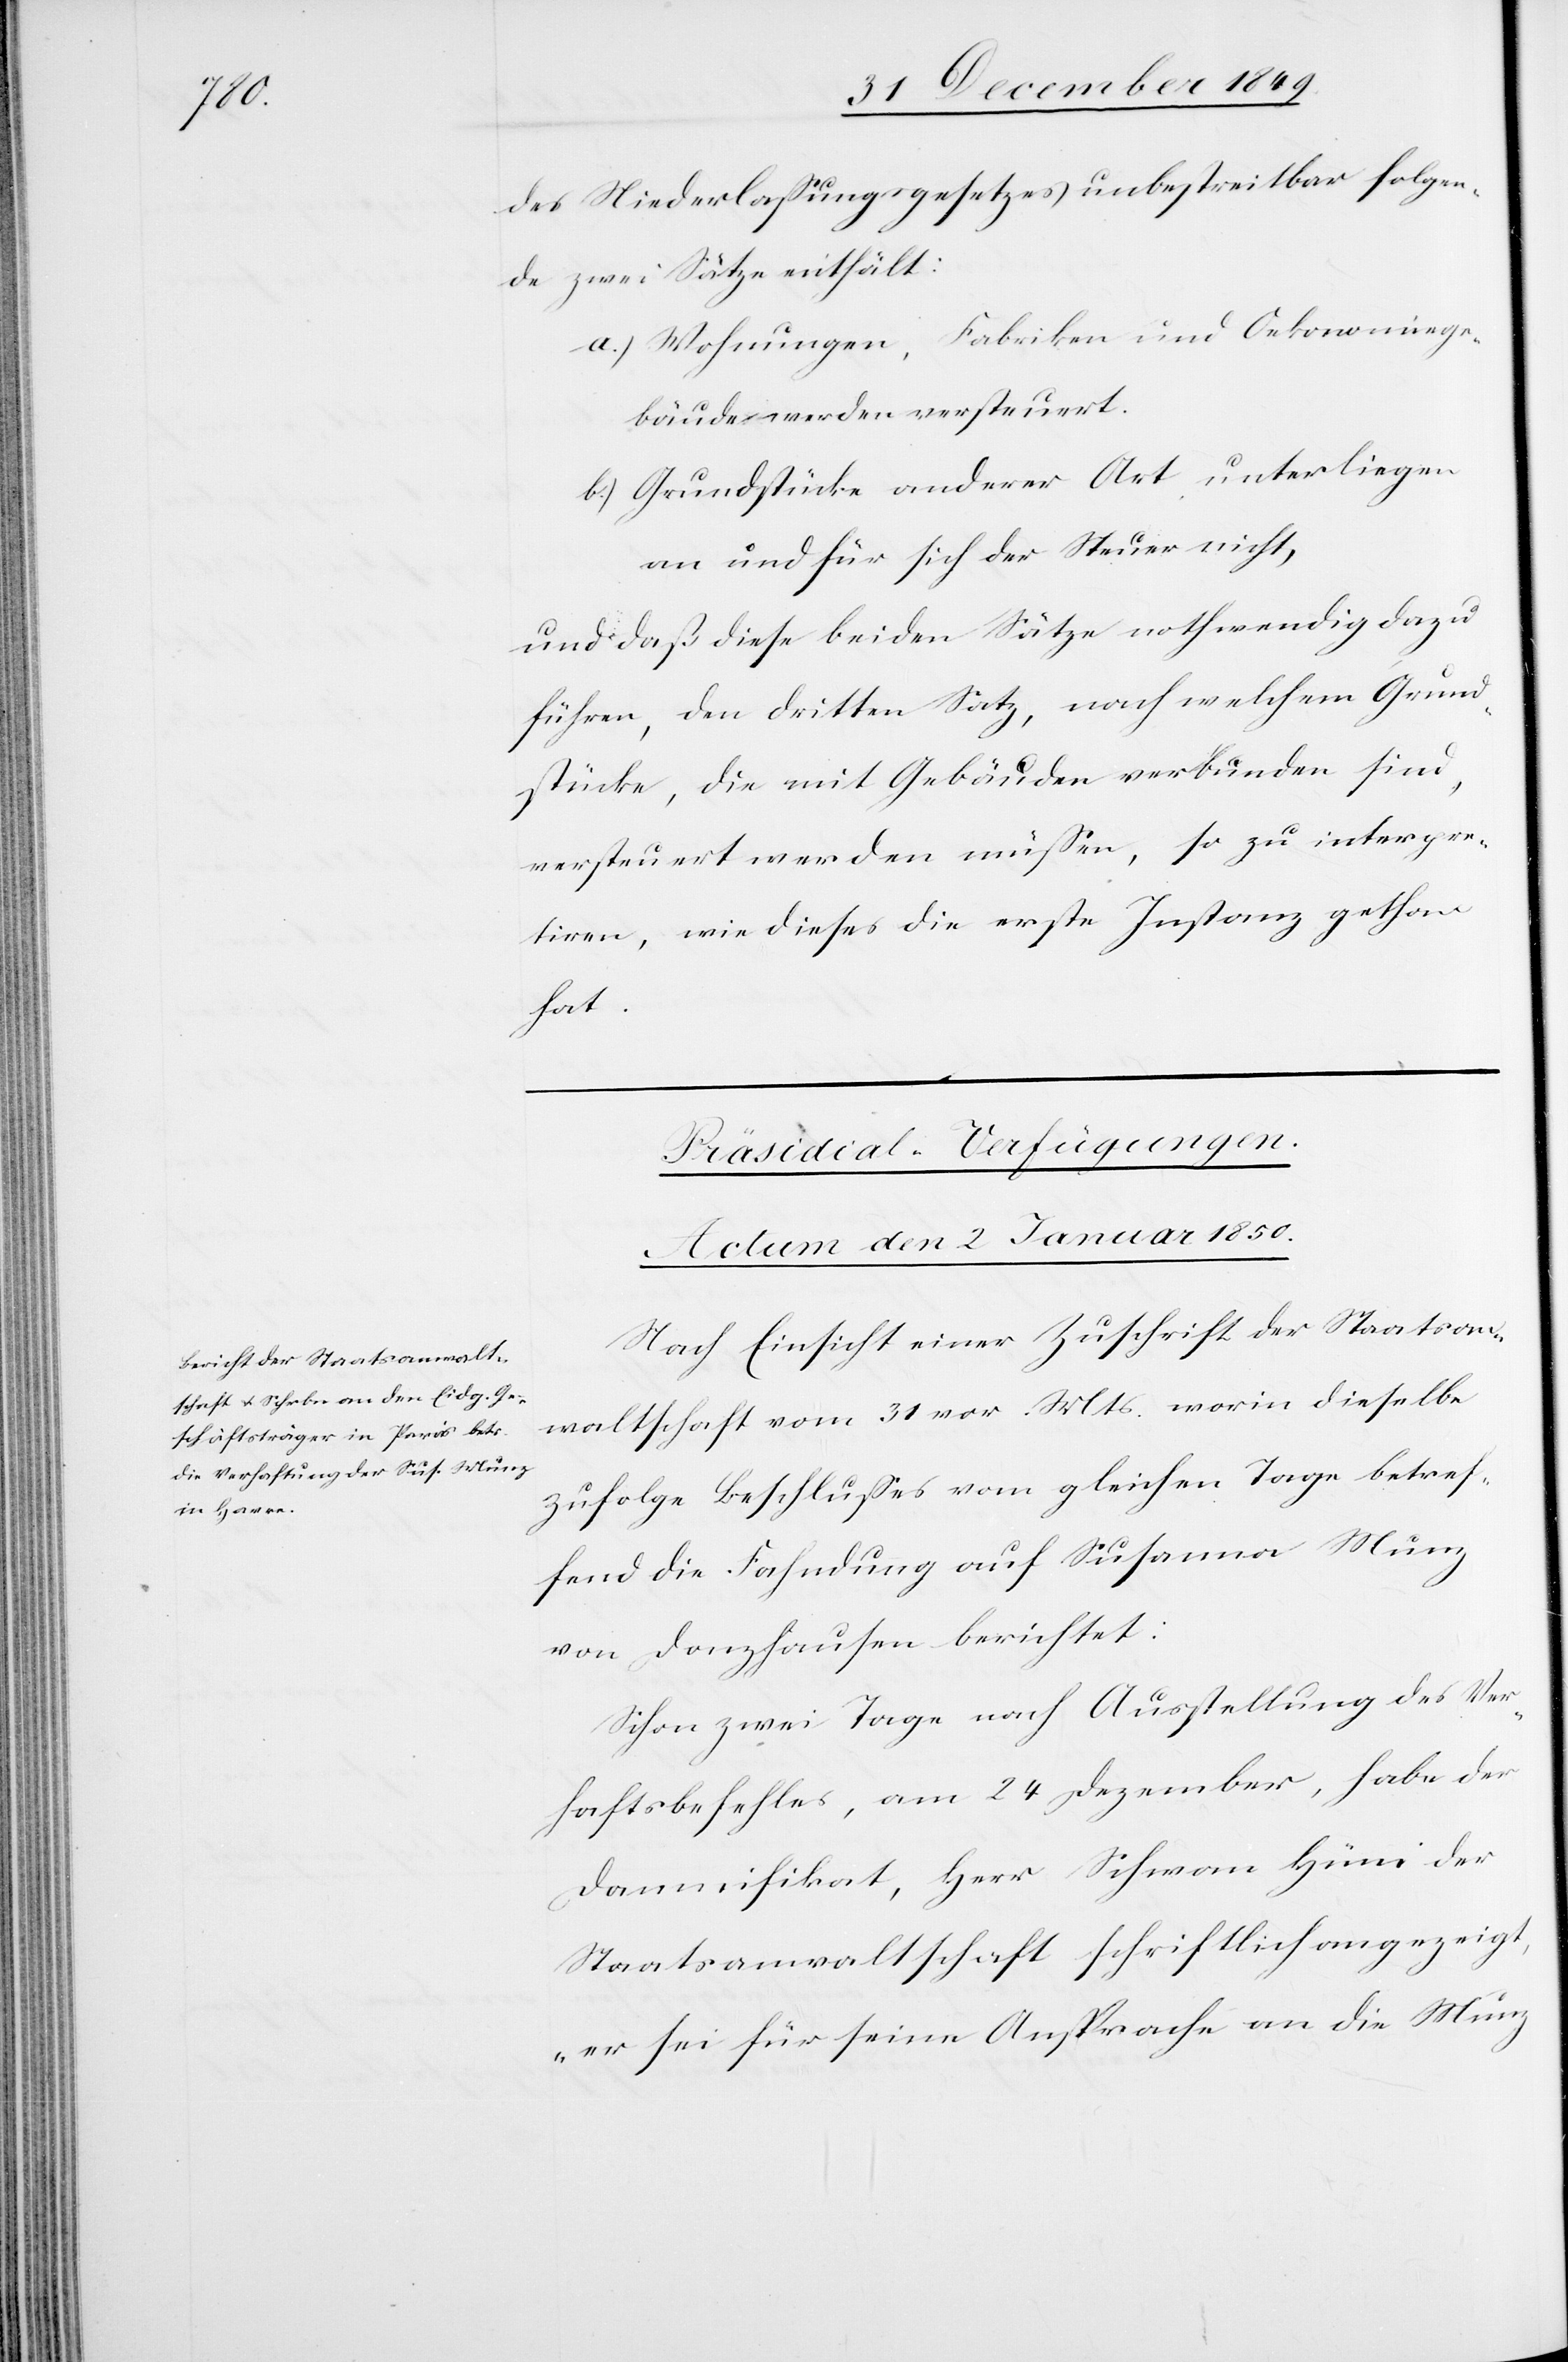
des Niederlaßungesetzes unbestreitbar folgen¬
de zwei Sätze enthält:
a.) Wohnungen, Fabriken und Oekonomiege¬
bäude werden versteuert.
b.) Grundstücke anderer Art, unterliegen
an und für sich der Steuer nicht,
und daß diese beiden Sätze nothwendig dazu
führen, den dritten Satz, nach welchem Grund¬
stücke, die mit Gebäuden verbunden sind,
versteuert werden müßen, so zu interpre¬
tiren, wie dieses die erste Instanz gethan
hat.
Präsidial-Verfügungen.
Actum den 2 Januar 1850.
Nach Einsicht einer Zuschrift der Staatsan¬
waltschaft vom 31 vor. Mts. worin dieselbe
zufolge Beschlußes vom gleichen Tage betref¬
fend Fahndung auf Susanna Munz
von Donzhausen berichtet:
Schon zwei Tage nach Ausstellung des Ver¬
haftsbefehles, am 24 Dezember, habe der
Damnifikat, Herr Schwan Hüni der
Staatsanwaltschaft schriftlich angezeigt,
„er sei für seine Ansprache an die Munz